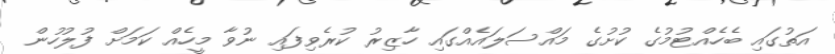
އަތުގައި ބެހެއްޓުމުގެ ކުށުގެ މައްސަލައެއްގައި ހާޒިރު ކުރެވިފައި ނުވާ މީހެއް ކަމަށް ފުލުހުން